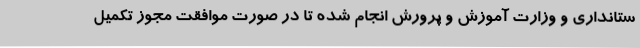
ستانداری و وزارت آموزش و پرورش انجام شده تا در صورت موافقت مجوز تکمیل